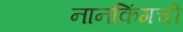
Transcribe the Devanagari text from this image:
नानकिंगची